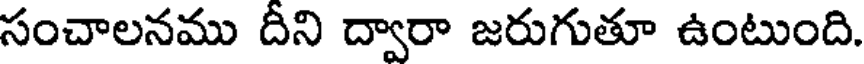
సంచాలనము దీని ద్వారా జరుగుతూ ఉంటుంది.